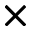
\times